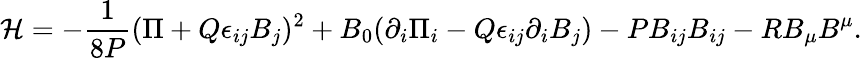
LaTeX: {\cal H}=-{\frac{1}{8P}}(\Pi+Q\epsilon_{ij}B_{j})^{2}+B_{0}(\partial_{i}\Pi_{i}-Q\epsilon_{ij}\partial_{i}B_{j})-PB_{ij}B_{ij}-RB_{\mu}B^{\mu}.